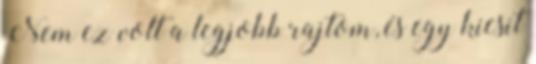
Nem ez volt a legjobb rajtom, és egy kicsit